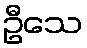
ဦသေ